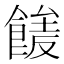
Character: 𩝘